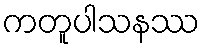
ကတူပါသနဿ